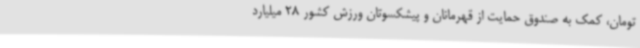
تومان، کمک به صندوق حمایت از قهرمانان و پیشکسوتان ورزش کشور 28 میلیارد